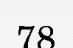
78